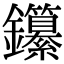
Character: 𨰭